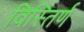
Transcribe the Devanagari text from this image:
विस्तिर्ण